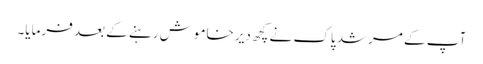
آپ کے مرشد پاک نے کچھ دیر خاموش رہنے کے بعد فرمایا۔